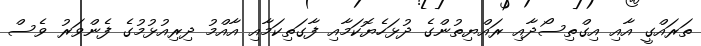
ތަރައްގީ އާއި އިގްތިސޯދާއި ރައްޔިތުންގެ ދުޅަހެޔޮކަމާއި ފާގަތިކަމާއި އާއްމު ދިރިއުޅުމުގެ ފެންވަރު ވެސް